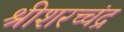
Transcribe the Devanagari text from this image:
श्रीशरच्चंद्र